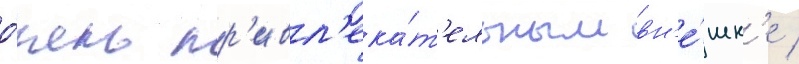
о́чень пр'ивл'ека́т'ельным вн'е́шн'е /